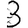
Digit: 3